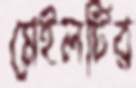
মেইলটির